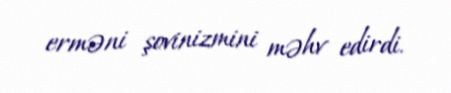
erməni şovinizmini məhv edirdi.